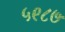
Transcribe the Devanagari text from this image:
५९८७